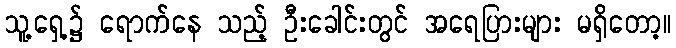
သူ့ရှေ့၌ ရောက်နေ သည့် ဦးခေါင်းတွင် အရေပြားများ မရှိတော့။